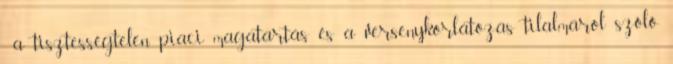
a tisztességtelen piaci magatartás és a versenykorlátozás tilalmáról szóló